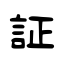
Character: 証